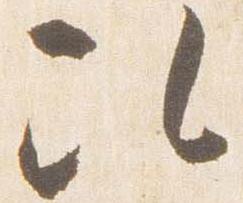
次